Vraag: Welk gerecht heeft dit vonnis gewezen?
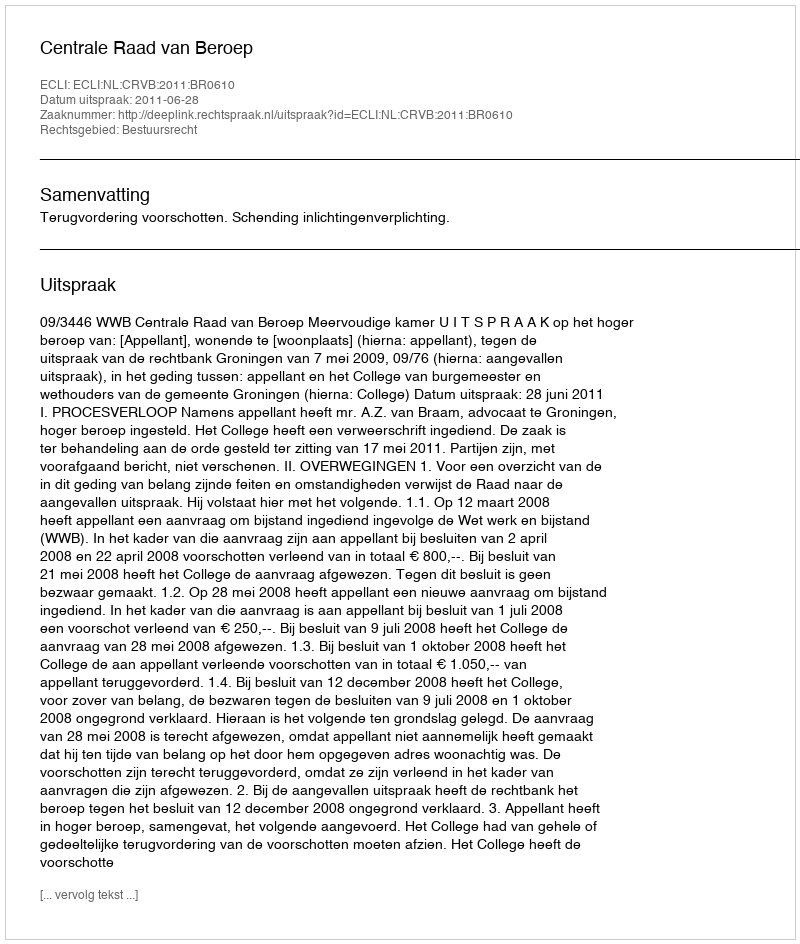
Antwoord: Centrale Raad van Beroep